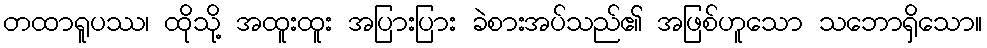
တထာရူပဿ၊ ထိုသို့ အထူးထူး အပြားပြား ခဲစားအပ်သည်၏ အဖြစ်ဟူသော သဘောရှိသော။